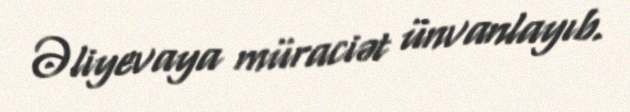
Əliyevaya müraciət ünvanlayıb.